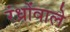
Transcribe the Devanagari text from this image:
रंध्रोंवाले